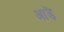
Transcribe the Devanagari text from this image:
आड़ें